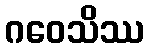
ဂဝေသိဿ